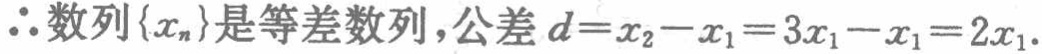
\(\therefore 数列\{x_{n}\}是等差数列,公差\ d = x_{2}-x_{1}=3x_{1}-x_{1}=2x_{1}.\)